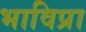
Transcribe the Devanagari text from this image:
भाविप्रा